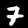
Digit: 7